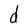
Character: d